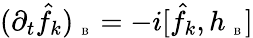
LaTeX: (\partial_{t}\hat{f}_{k})_{\mathrm{~\tiny~B~}}=-i[\hat{f}_{k},h_{\mathrm{~\tiny~B~}}]